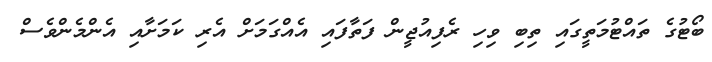
ބޯޓުގެ ތައްޓުމަތީގައި ތިބި ވިހި ރެފިއުޖީން ފަތާފައި އެއްގަމަށް އެރި ކަމަށާއި އެންމެންވެސް